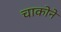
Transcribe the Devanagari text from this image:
चाकोने